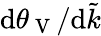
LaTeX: \mathrm{d}\theta_{\mathrm{~V~}}/\mathrm{d}\tilde{k}